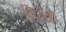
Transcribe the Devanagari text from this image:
दिनेश